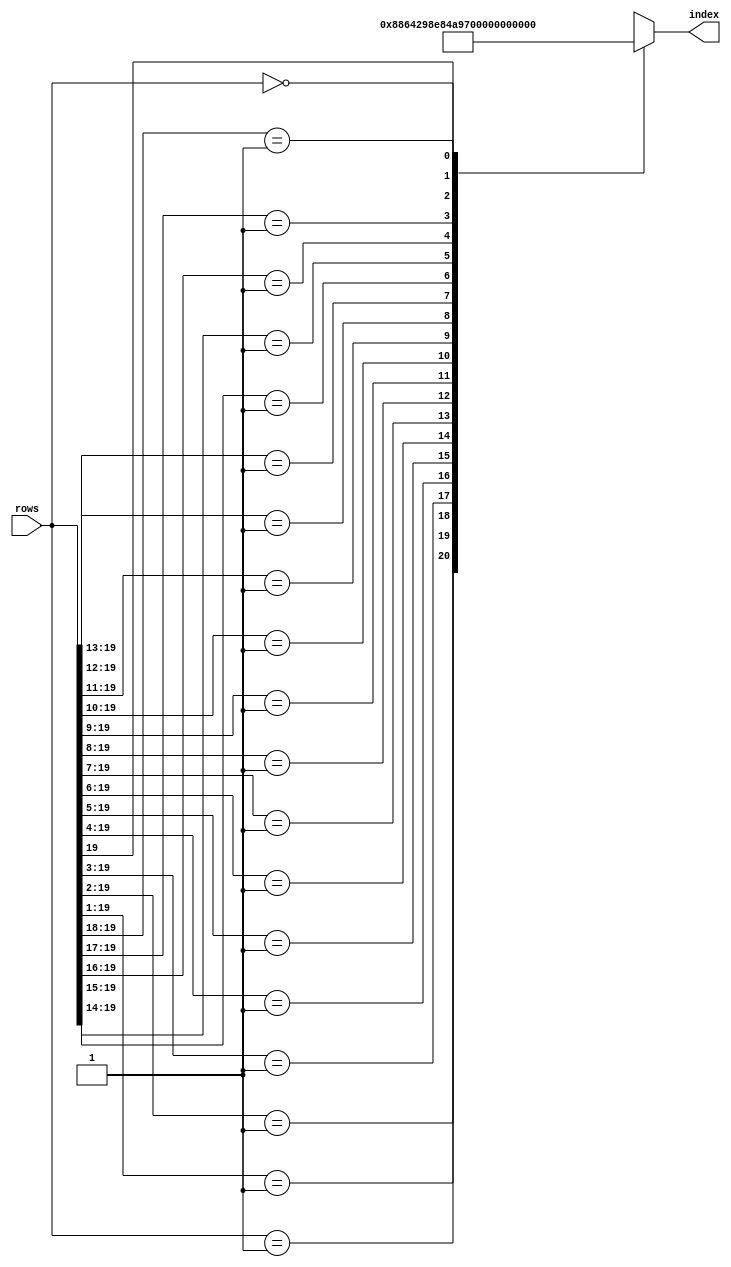
module first_high_index(
input [19:0] rows,
output reg [4:0] index);

	always @(*) begin
		casex(rows)
			20'b0000_0000_0000_0000_0001: index = 5'd0;
			20'b0000_0000_0000_0000_001x: index = 5'd1;
			20'b0000_0000_0000_0000_01xx: index = 5'd2;
			20'b0000_0000_0000_0000_1xxx: index = 5'd3;
			20'b0000_0000_0000_0001_xxxx: index = 5'd4;
			20'b0000_0000_0000_001x_xxxx: index = 5'd5;
			20'b0000_0000_0000_01xx_xxxx: index = 5'd6;
			20'b0000_0000_0000_1xxx_xxxx: index = 5'd7;
			20'b0000_0000_0001_xxxx_xxxx: index = 5'd8;
			20'b0000_0000_001x_xxxx_xxxx: index = 5'd9;
			20'b0000_0000_01xx_xxxx_xxxx: index = 5'd10;
			20'b0000_0000_1xxx_xxxx_xxxx: index = 5'd11;
			20'b0000_0001_xxxx_xxxx_xxxx: index = 5'd12;
			20'b0000_001x_xxxx_xxxx_xxxx: index = 5'd13;
			20'b0000_01xx_xxxx_xxxx_xxxx: index = 5'd14;
			20'b0000_1xxx_xxxx_xxxx_xxxx: index = 5'd15;
			20'b0001_xxxx_xxxx_xxxx_xxxx: index = 5'd16;
			20'b001x_xxxx_xxxx_xxxx_xxxx: index = 5'd17;
			20'b01xx_xxxx_xxxx_xxxx_xxxx: index = 5'd18;
			20'b1xxx_xxxx_xxxx_xxxx_xxxx: index = 5'd19;
			20'b0000_0000_0000_0000_0000: index = 5'd20;  // should never be used
		endcase
	end
endmodule